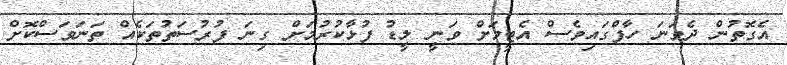
އެގޮތުން ދެވަނަ ހާފްގައިވެސް އެޓީމަށް ވަނީ ލީޑު ފުޅާކުރުމަށް ގިނަ ފުރުސަތުތަކެއް ތަނަވަސްކޮށް